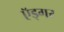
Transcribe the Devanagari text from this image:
ऍड्गर